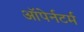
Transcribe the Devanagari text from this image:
ऑपेर्नटर्म